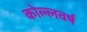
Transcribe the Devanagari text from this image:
कोल्लवर्ष